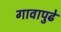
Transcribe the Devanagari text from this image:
गावापुढे